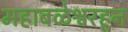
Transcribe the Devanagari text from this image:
महाबळेश्वरहून